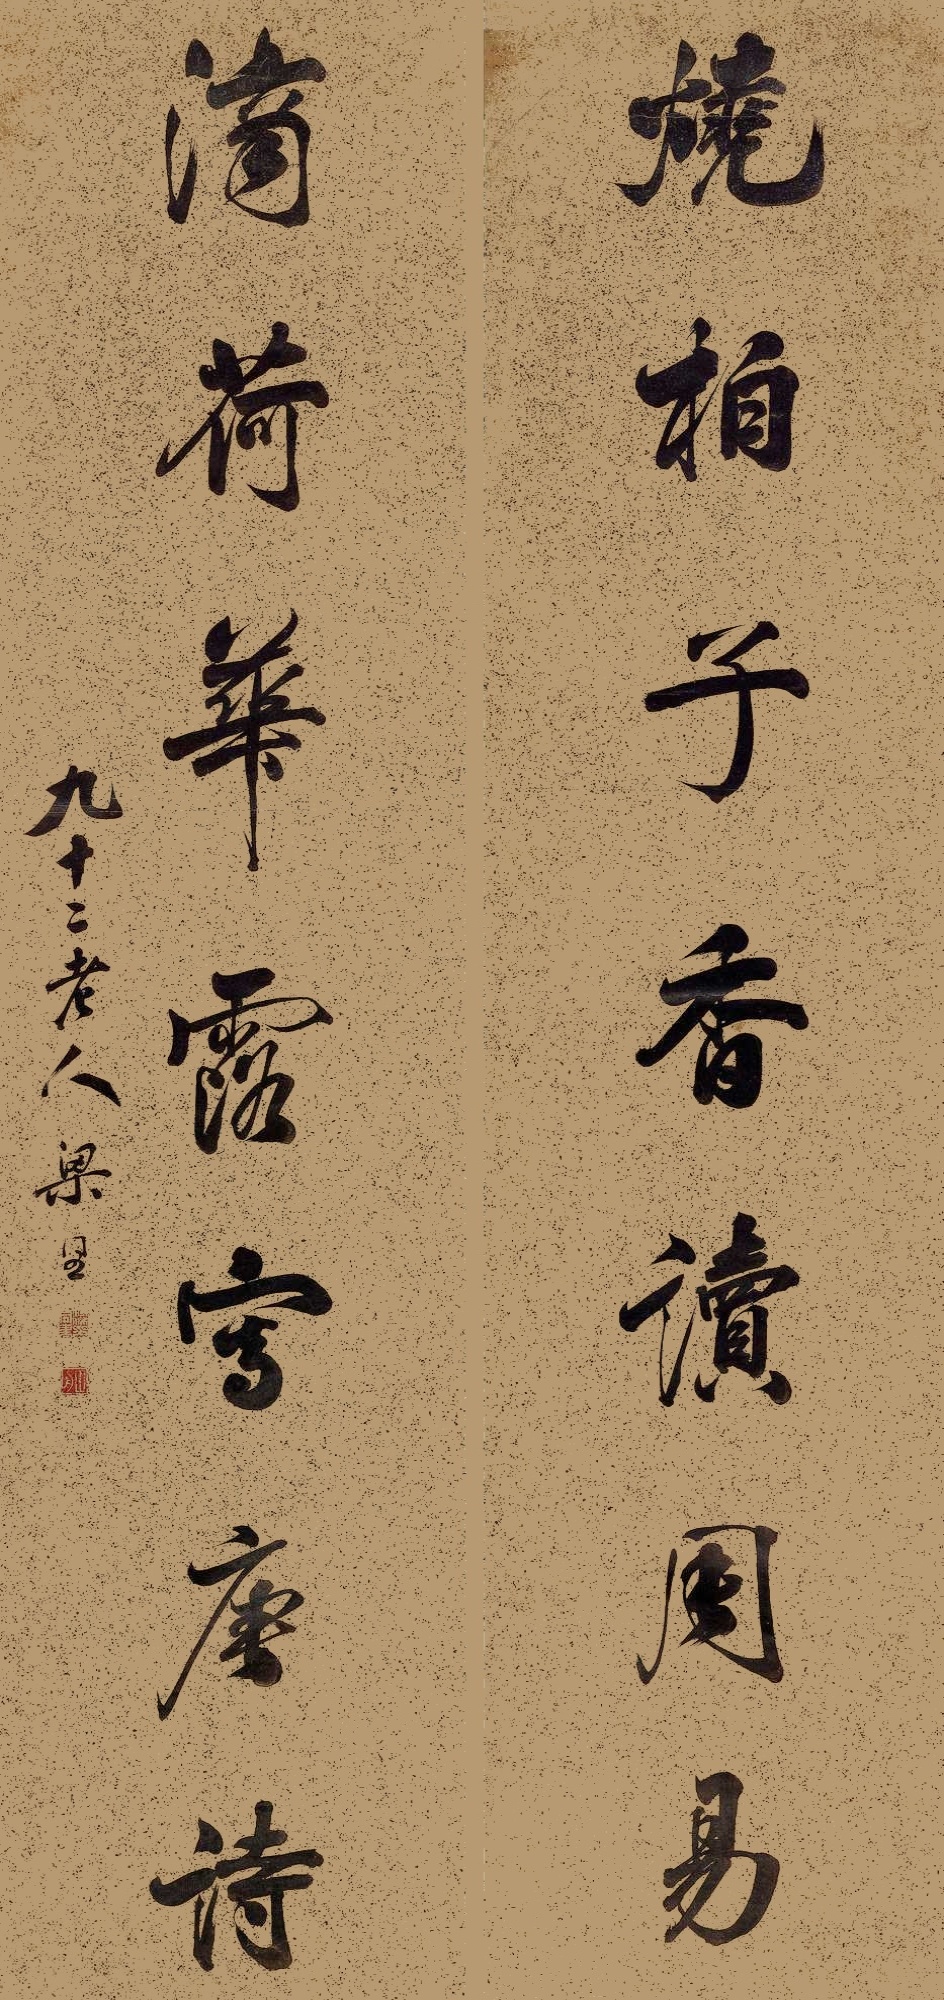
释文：烧柏子香读周易，滴荷花露写唐诗。九十二老人，梁同书。